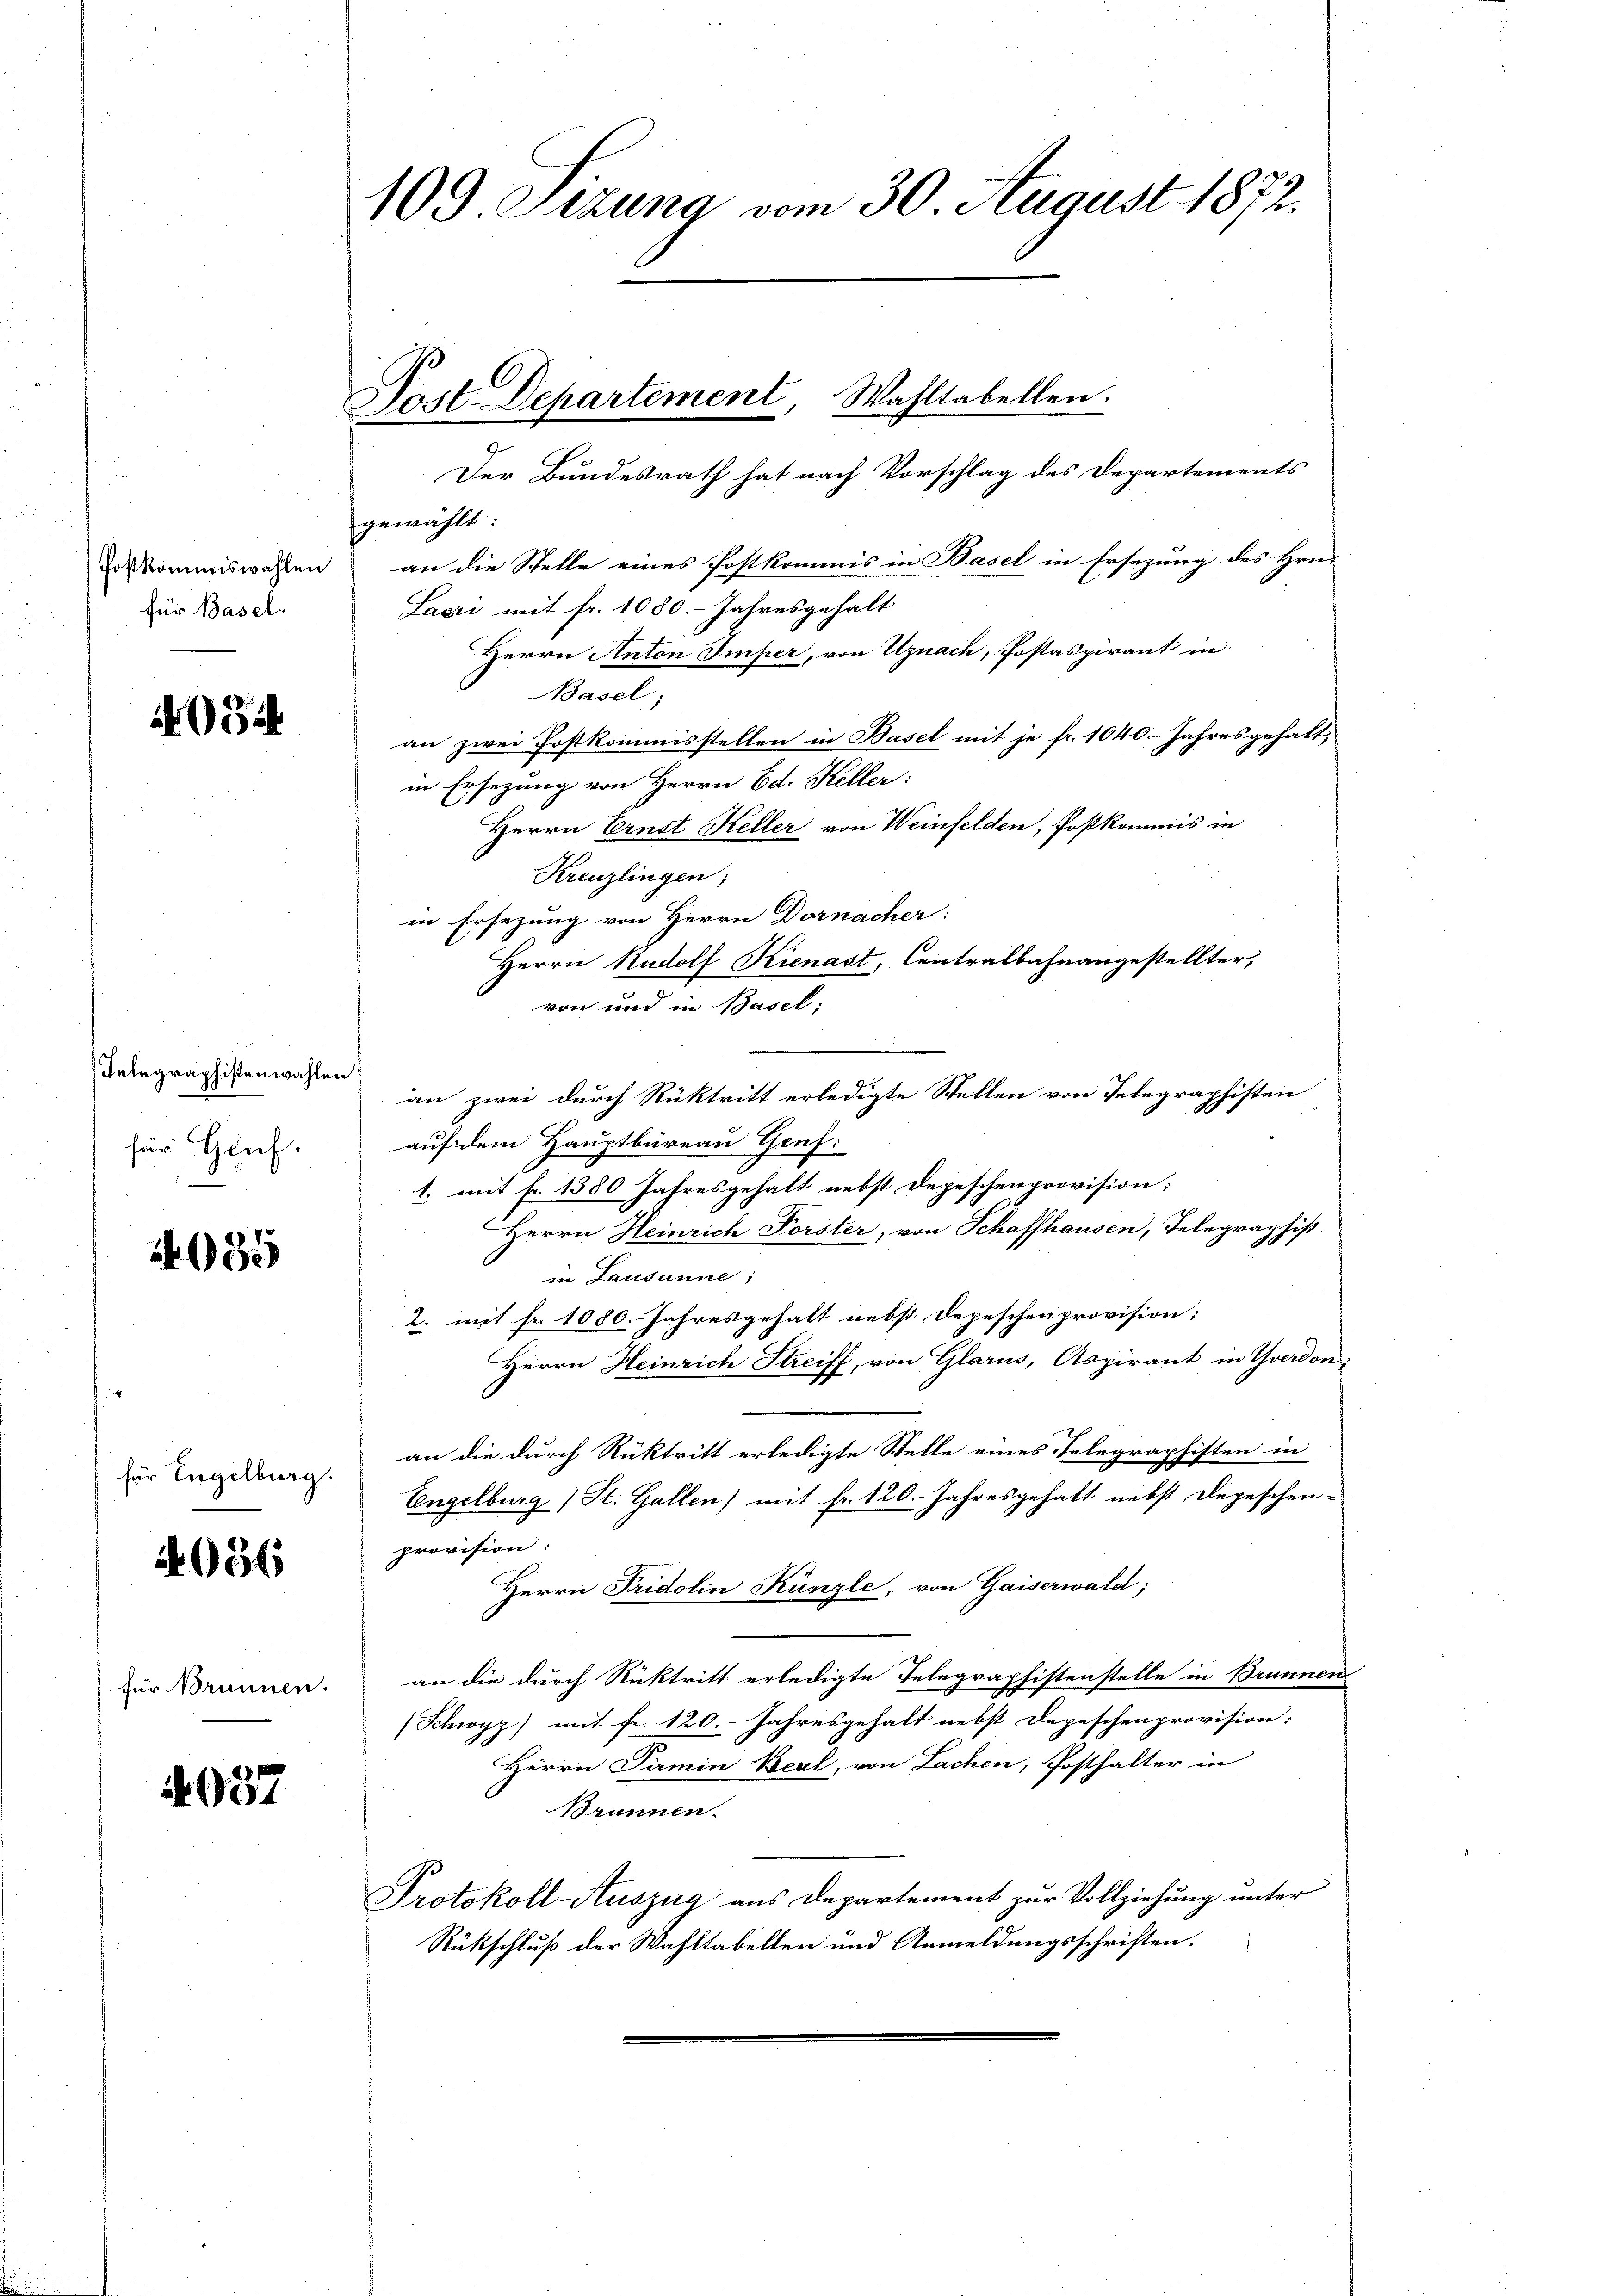
Postkommiswahlen
für Basel.

i

Telegraphistenwahlen
für Genf.

2035

für Engelburg.

4036

für Brunnen.

4037

109. Sizung vom 30 August 1872.

Past. Departement, Wahltabellen.

gewählt:
an die Stelle eines Postkommis in Basel in Ersezung des Hrn.
Lazzi mit fr. 1080. Jahresgehalt
Herrn Anton Imper, von Uznach, Postaspirant in
Basel;
an zwei Postkommisstellen in Basel mit je fr. 1040. Jahresgehalt,
in Ersezung von Herrn Ed. Keller:
Herrn Ernst Keller von Weinfelden, Postkommis in
Kreuzlingen,
in Ersezung von Herrn Dornacher:
Herrn Rudolf Kienast, Centralbahnangestellter,
von und in Basel:
an zwei durch Rücktritt erledigte Stellen von Telegraphisten
auf dem Hauptbureau Genf:
1. mit Fr. 1380 Jahresgehalt nebst Depeschenprovision:
Herrn Heinrich Forster, von Schaffhausen, Telegraphist
in Lausanne;
2. mit fr. 1080. Jahresgehalt nebst Depeschenprovision:
Herrn Heinrich Streiff, von Glarus, Aspirant in Yverdon
an die durch Rücktritt erledigte Stelle eines Telegraphisten in
Engelburg (St. Gallen) mit fr. 120. Jahresgehalt nebst Depeschen-
provision:
Herrn Pridolin Künzle, von Gaiserwald,
an die durch Rücktritt erledigte Telegraphistenstelle in Brunnen
(Schwyz) mit fr. 120. Jahresgehalt nebst Depeschenprovision:
Herrn Parmin Beal, von Lachen, Posthalter in
Brunnen.
Protokoll-Auszug aus Departement zur Vollziehung unter
Rückschluß der Wahltabellen und Anmeldungsschriften.

Der Bundesrath hat nach Vorschlag des Departements